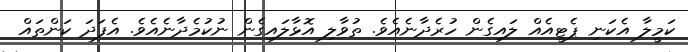
ކަމީލާ އެކަނި ޕެޓީއެއް ލައިގެން ހުރެދާނެއެވެ. ތުވާލި އޮޅާލައިގެން ނުކުމެދާނެއެވެ. އެފަދަ ކަންތައް